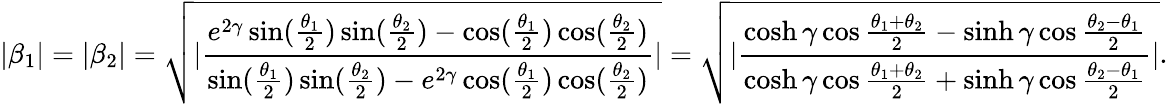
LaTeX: |\beta_{1}|=|\beta_{2}|=\sqrt{|\frac{e^{2\gamma}\sin(\frac{\theta_{1}}{2})\sin(\frac{\theta_{2}}{2})-\cos(\frac{\theta_{1}}{2})\cos(\frac{\theta_{2}}{2})}{\sin(\frac{\theta_{1}}{2})\sin(\frac{\theta_{2}}{2})-e^{2\gamma}\cos(\frac{\theta_{1}}{2})\cos(\frac{\theta_{2}}{2})}|}=\sqrt{|\frac{\cosh\gamma\cos\frac{\theta_{1}+\theta_{2}}{2}-\sinh\gamma\cos\frac{\theta_{2}-\theta_{1}}{2}}{\cosh\gamma\cos\frac{\theta_{1}+\theta_{2}}{2}+\sinh\gamma\cos\frac{\theta_{2}-\theta_{1}}{2}}|}.